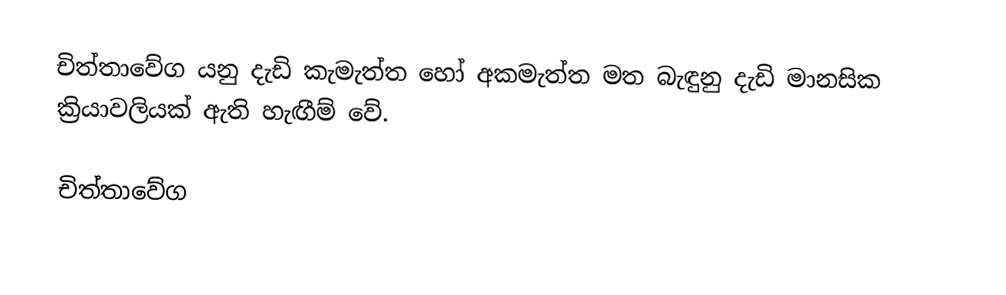
චිත්තාවේග යනු දැඩි කැමැත්ත හෝ අකමැත්ත මත බැඳුනු දැඩි මානසික ක්‍රියාවලියක් ඇති හැඟීම් වේ.

චිත්තාවේග